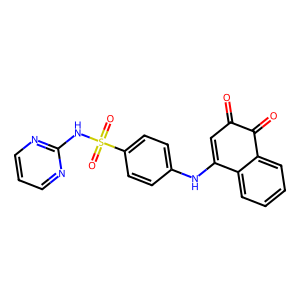
SMILES: O=C1C=C(Nc2ccc(S(=O)(=O)Nc3ncccn3)cc2)c2ccccc2C1=O
Inhibits HIV replication: No